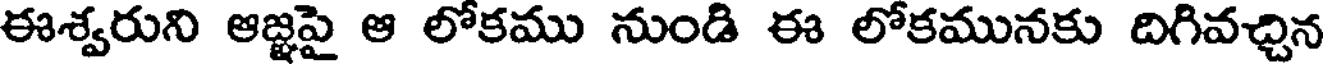
ఈశ్వరుని ఆజ్ఞపై ఆ లోకము నుండి ఈ లోకమునకు దిగివచ్చిన